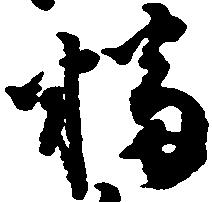
幡